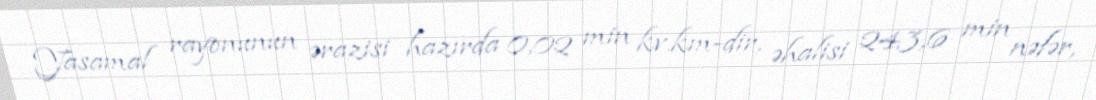
Yasamal rayonunun ərazisi hazırda 0,02 min kv.km-dir, əhalisi 243,6 min nəfər,